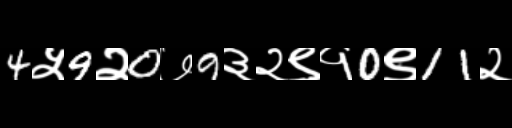
Text: 4५9२0७9३२९१0९11२